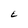
Character: E